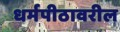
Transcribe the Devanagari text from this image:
धर्मपीठावरील